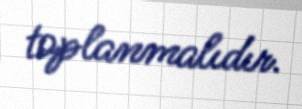
toplanmalıdır.